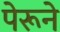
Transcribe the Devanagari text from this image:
पेरूने